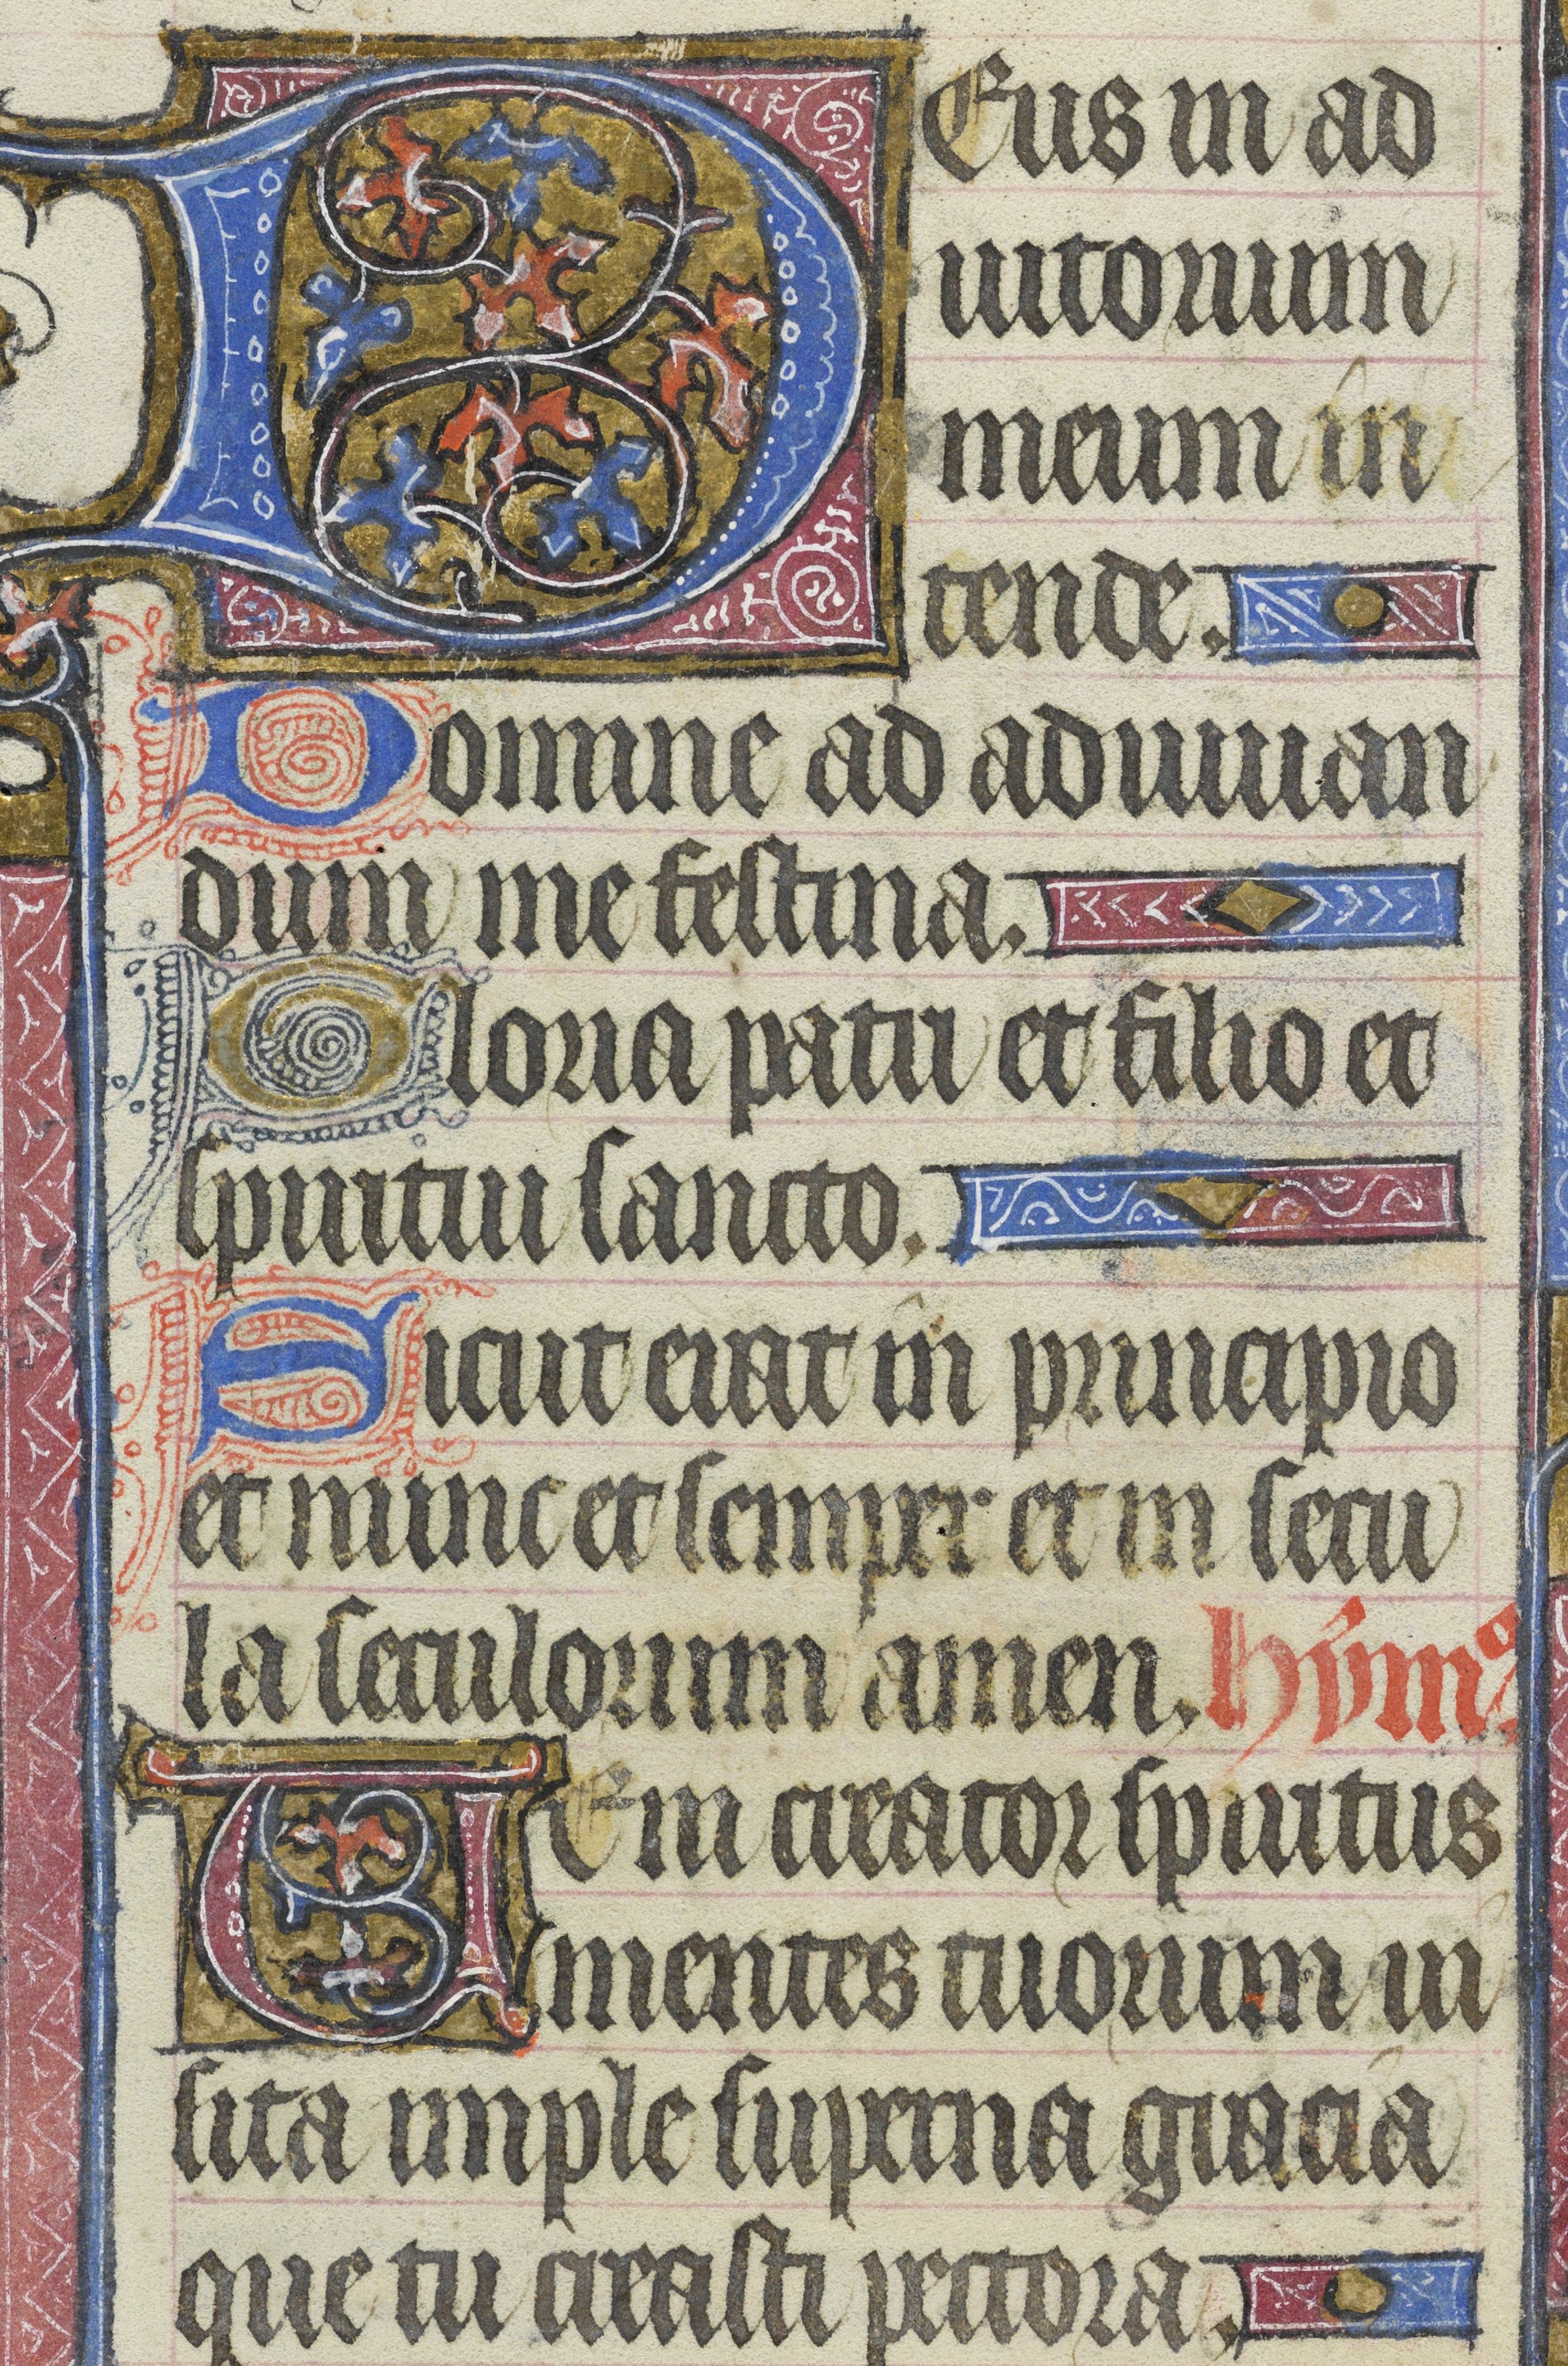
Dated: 1400–1430